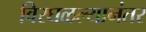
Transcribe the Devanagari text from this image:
विरघळल्यानंतर